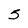
Character: 5